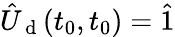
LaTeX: \hat{U}_{\mathrm{~d~}}(t_{0},t_{0})=\hat{1}